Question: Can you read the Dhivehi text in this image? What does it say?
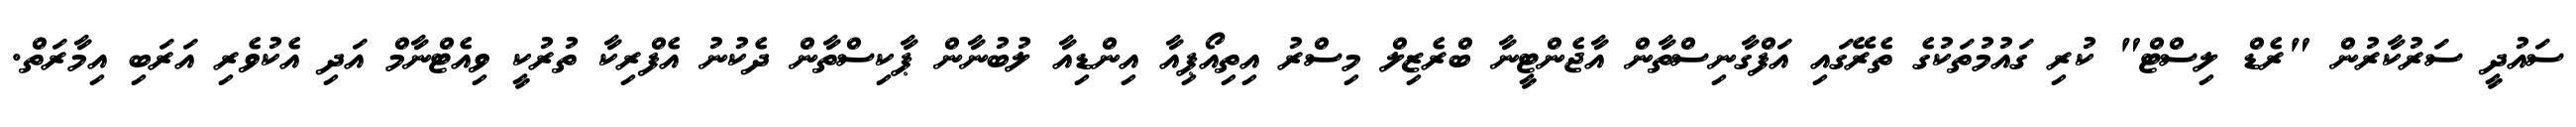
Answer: ސައުދީ ސަރުކާރުން "ރެޑް ލިސްޓް" ކުރި ގައުމުތަކުގެ ތެރޭގައި އަފްގާނިސްތާން އާޖެންޓީނާ ބްރެޒިލް މިސްރު އިތިއޯޕިއާ އިންޑިއާ ލުބުނާން ޕާކިސްތާން ދެކުނު އެފްރިކާ ތުރުކީ ވިއެޓްނާމް އަދި އެކުވެރި އަރަބި އިމާރަތް.